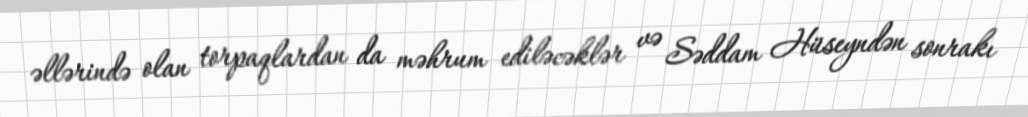
əllərində olan torpaqlardan da məhrum ediləcəklər və Səddam Hüseyndən sonrakı